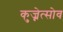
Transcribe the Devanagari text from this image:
कुज्नेत्सोव